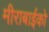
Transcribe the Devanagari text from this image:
मीराबाईको